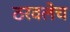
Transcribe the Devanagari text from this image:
ठरवलेच